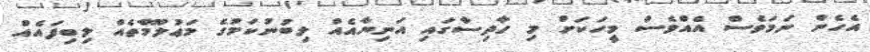
އެހެން ނަމަވެސް އެއްވެސް މީހަކަށް މި ހާދިސާގައި އަނިޔާއެއް ލިބުނުކަމުގެ މަޢުލޫމާތެއް ލިބިފައެއް